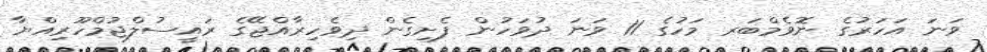
ވަނަ އަހަރުގެ ނޮވެމްބަރ މަހުގެ 11 ވަނަ ދުވަހުން ފެށިގެން ދިވެހިރާއްޖޭގެ ރައީސުލްޖުމްހޫރިއްޔާ